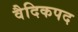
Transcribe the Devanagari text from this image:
वैदिकपद